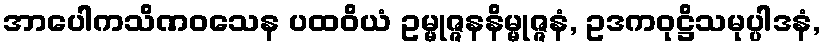
အာပေါကသိဏဝသေန ပထဝိယံ ဥမ္မုဇ္ဇနနိမ္မုဇ္ဇနံ, ဥဒကဝုဋ္ဌိသမုပ္ပါဒနံ,